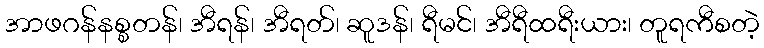
အာဖဂန်နစ္စတန်၊ အီရန်၊ အီရတ်၊ ဆူဒန်၊ ရီမင်၊ အီရီထရီးယား၊ တူရကီစတဲ့